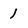
Character: l